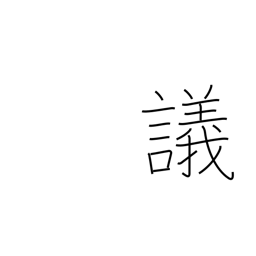
Meaning: debate